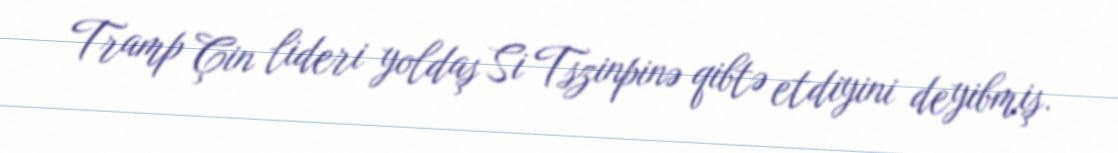
Tramp Çin lideri yoldaş Si Tszinpinə qibtə etdiyini deyibmiş.